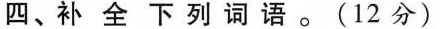
四、补全下列词语。(12分)